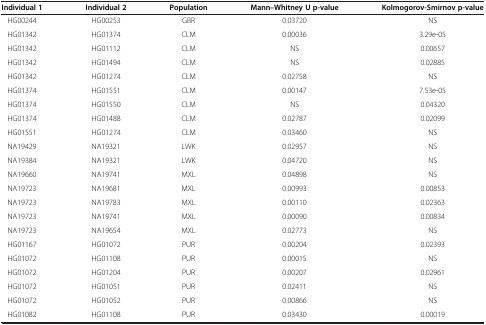
<table><thead><tr><td><b>Individual 1</b></td><td><b>Individual 2</b></td><td><b>Population</b></td><td><b>Mann–Whitney U p-value</b></td><td><b>Kolmogorov-Smirnov p-value</b></td></tr></thead><tbody><tr><td>HG00244</td><td>HG00253</td><td>GBR</td><td>0.03720</td><td>NS</td></tr><tr><td>HG01342</td><td>HG01374</td><td>CLM</td><td>0.00036</td><td>3.29e-05</td></tr><tr><td>HG01342</td><td>HG01112</td><td>CLM</td><td>NS</td><td>0.00657</td></tr><tr><td>HG01342</td><td>HG01494</td><td>CLM</td><td>NS</td><td>0.02885</td></tr><tr><td>HG01342</td><td>HG01274</td><td>CLM</td><td>0.02758</td><td>NS</td></tr><tr><td>HG01374</td><td>HG01551</td><td>CLM</td><td>0.00147</td><td>7.53e-05</td></tr><tr><td>HG01374</td><td>HG01550</td><td>CLM</td><td>NS</td><td>0.04320</td></tr><tr><td>HG01374</td><td>HG01488</td><td>CLM</td><td>0.02787</td><td>0.02099</td></tr><tr><td>HG01551</td><td>HG01274</td><td>CLM</td><td>0.03460</td><td>NS</td></tr><tr><td>NA19429</td><td>NA19321</td><td>LWK</td><td>0.02957</td><td>NS</td></tr><tr><td>NA19384</td><td>NA19321</td><td>LWK</td><td>0.04720</td><td>NS</td></tr><tr><td>NA19660</td><td>NA19741</td><td>MXL</td><td>0.04898</td><td>NS</td></tr><tr><td>NA19723</td><td>NA19681</td><td>MXL</td><td>0.00993</td><td>0.00853</td></tr><tr><td>NA19723</td><td>NA19783</td><td>MXL</td><td>0.00110</td><td>0.02363</td></tr><tr><td>NA19723</td><td>NA19741</td><td>MXL</td><td>0.00090</td><td>0.00834</td></tr><tr><td>NA19723</td><td>NA19654</td><td>MXL</td><td>0.02773</td><td>NS</td></tr><tr><td>HG01167</td><td>HG01072</td><td>PUR</td><td>0.00204</td><td>0.02393</td></tr><tr><td>HG01072</td><td>HG01108</td><td>PUR</td><td>0.00015</td><td>NS</td></tr><tr><td>HG01072</td><td>HG01204</td><td>PUR</td><td>0.00207</td><td>0.02961</td></tr><tr><td>HG01072</td><td>HG01051</td><td>PUR</td><td>0.02411</td><td>NS</td></tr><tr><td>HG01072</td><td>HG01052</td><td>PUR</td><td>0.00866</td><td>NS</td></tr><tr><td>HG01082</td><td>HG01108</td><td>PUR</td><td>0.03430</td><td>0.00019</td></tr></tbody></table>